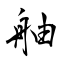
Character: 舳